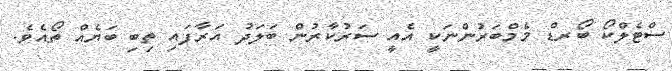
ސްޓެލްކޯ ބޯރޑް މެމްބަރުންނަކީ އެއީ ސަރުކާރުން ބަލަދު އަރާފައި ތިބި ބަޔެއް ތޯއެވެ.